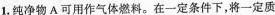
1.纯净物A可用作气体燃料。在一定条件下，将一定质